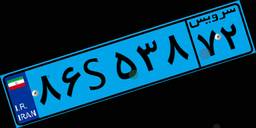
۷۶S۷۶۶۰۷